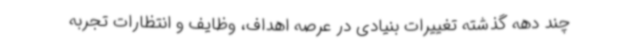
چند دهه گذشته تغییرات بنیادی در عرصه اهداف، وظایف و انتظارات تجربه